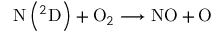
\mathrm { ~ N } \left( { } ^ { 2 } \mathrm { D } \right) + \mathrm { O } _ { 2 } \longrightarrow \mathrm { N O } + \mathrm { O }